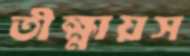
তীক্ষ্ণায়স